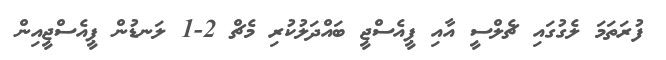
ފުރަތަމަ ލެގުގައި ޗެލްސީ އާއި ޕީއެސްޖީ ބައްދަލުކުރި މެޗް 2-1 ލަނޑުން ޕީއެސްޖީއިން